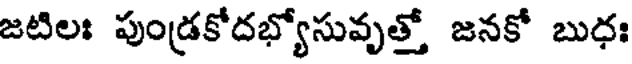
జటిలః పుండ్రకోదభ్యోసువృత్తో జనకో బుధః